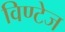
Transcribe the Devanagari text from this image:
विण्टेज